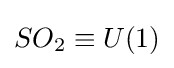
SO_{2}\equiv U(1)